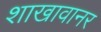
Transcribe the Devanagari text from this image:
शाखावानर